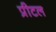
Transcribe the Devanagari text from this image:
प्रीटल